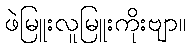
ဖဲမြူးလူမြူးကိုးဗျာ။